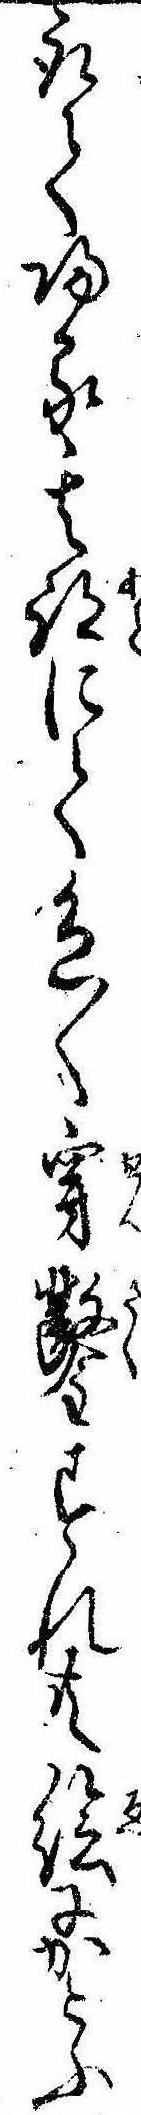
取て帰る其跡にて色〱穿鑿すれ共絵にかこふ